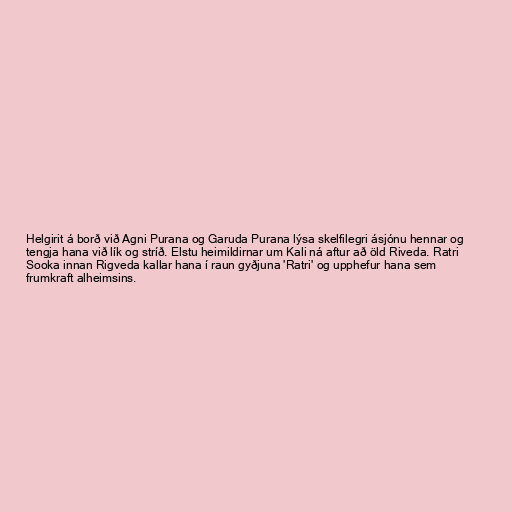
Helgirit á borð við Agni Purana og Garuda Purana lýsa skelfilegri ásjónu hennar og
tengja hana við lík og stríð. Elstu heimildirnar um Kali ná aftur að öld Riveda. Ratri
Sooka innan Rigveda kallar hana í raun gyðjuna 'Ratri' og upphefur hana sem
frumkraft alheimsins.